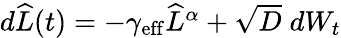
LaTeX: \begin{array}{r}{d\widehat{L}(t)=-\gamma_{\mathrm{eff}}\widehat{L}^{\alpha}+\sqrt{D}\; dW_{t}}\end{array}